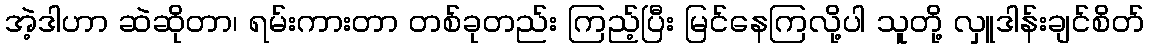
အဲ့ဒါဟာ ဆဲဆိုတာ၊ ရမ်းကားတာ တစ်ခုတည်း ကြည့်ပြီး မြင်နေကြလို့ပါ သူတို့ လှူဒါန်းချင်စိတ်